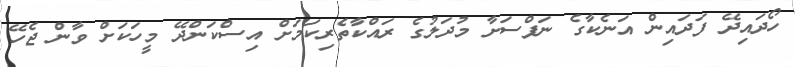
ހޯދައިދޭ ފަދައިން އަނެކާގެ ނަފްސަށާ މުދަލުގެ ރައްކާތެރިކަމަށް އިސްކަންދޭ މީހަކަށް ވާން ޖެހޭ